画像に写った文字を読んでください
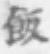
「飯」と書いてあります